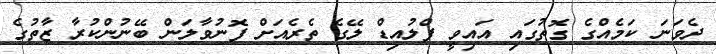
ދެވަނަ ކަމެއްގެ ގޮތުގައި އައިވީ ފްލުއިޑް ލޭގެ ތެރެއަށް ފޮނުވާލަން ބޭނުންކުރާ ޒާތުގެ